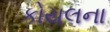
કોયલના